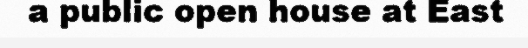
a public open house at East